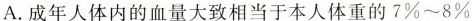
A. 成年人体内的血量大致相当于本人体重的7%~8%